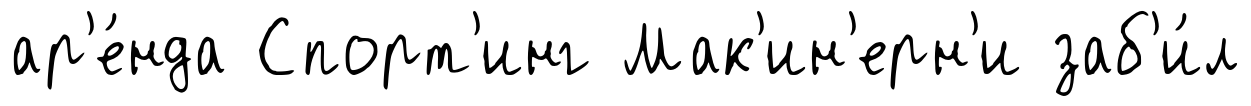
ар'е́нда Спорт'инг Мак'ин'ерн'и заб'и́л